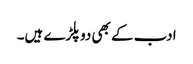
ادب کے بھی دوپلڑے ہیں۔